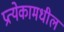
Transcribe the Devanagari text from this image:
प्रत्येकामधील